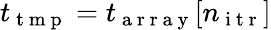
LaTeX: t_{\mathrm{~t~m~p~}}=t_{\mathrm{~a~r~r~a~y~}}[n_{\mathrm{~i~t~r~}}]